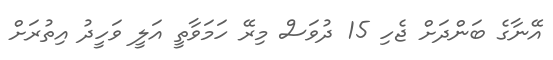
އޭނާގެ ބަންދަށް ޖެހި 15 ދުވަސް މިރޭ ހަމަވާތީ އަލީ ވަހީދު އިތުރަށް